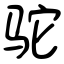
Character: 驼